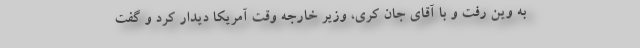
به وین رفت و با آقای جان کری، وزیر خارجه وقت آمریکا دیدار کرد و گفت